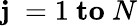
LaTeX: \mathbf{j}\ =1\ \mathbf{to}\ N